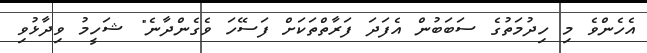
އެހެންވެ މި ހިދުމަތުގެ ސަބަބުން އެފަދަ ފަރާތްތަކަށް ފަސޭހަ ވެގެންދާނެ" ޝަހީމު ވިދާޅުވި